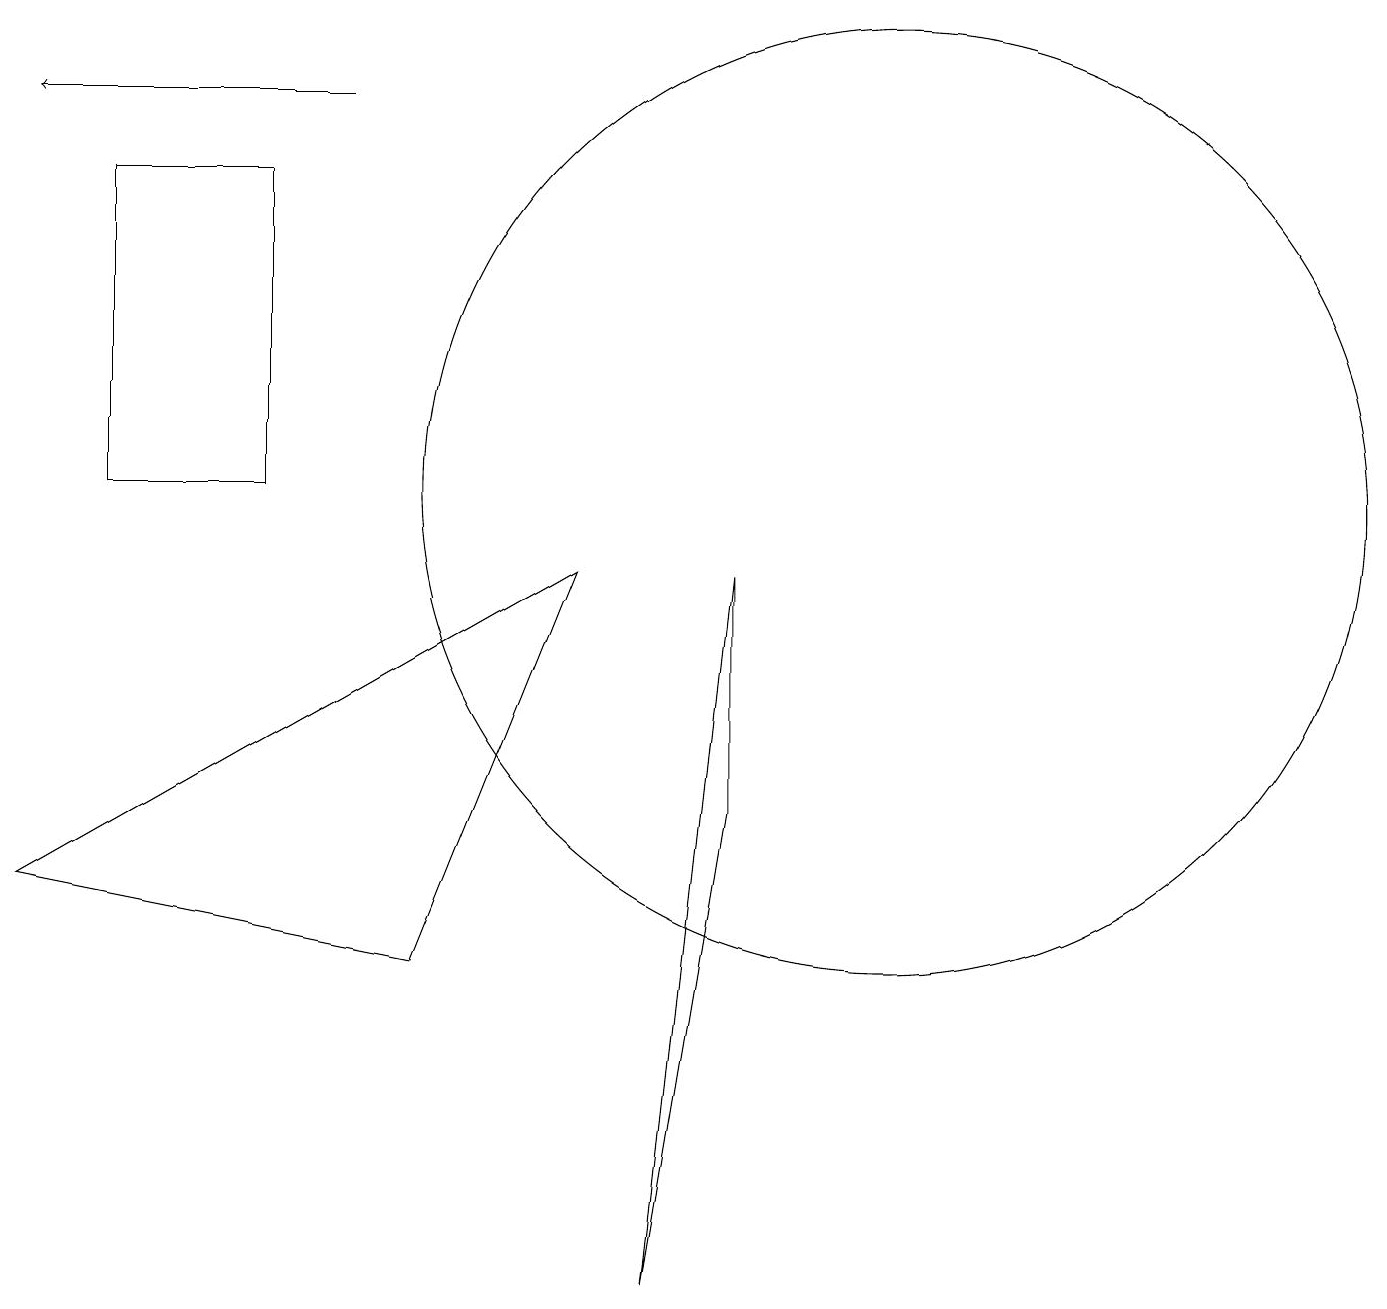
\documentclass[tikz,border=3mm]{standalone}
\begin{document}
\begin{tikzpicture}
\draw (7,9) -- (0,5) -- (5,4) -- cycle;
\draw (9,6) -- (8,0) -- (9,9) -- cycle;
\draw (11,10) circle (6);
\draw[->] (4,15) -- (0,15);
\draw (1,14) rectangle (3,10);
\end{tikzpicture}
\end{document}